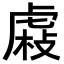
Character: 𧇆